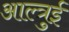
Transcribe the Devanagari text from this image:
आल्त्रुई